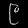
Digit: ၉